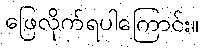
ဖြေလိုက်ရပါကြောင်း။